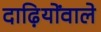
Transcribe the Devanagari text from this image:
दाढ़ियोंवाले